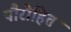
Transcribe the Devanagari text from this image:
पौरोहित